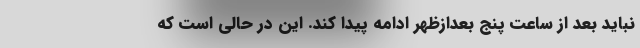
نباید بعد از ساعت پنج بعدازظهر ادامه پیدا کند. این در حالی است که